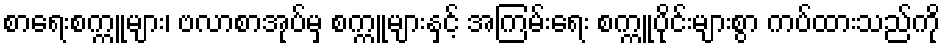
စာရေးစက္ကူများ၊ ဗလာစာအုပ်မှ စက္ကူများနှင့် အကြမ်းရေး စက္ကူပိုင်းများစွာ ကပ်ထားသည်ကို